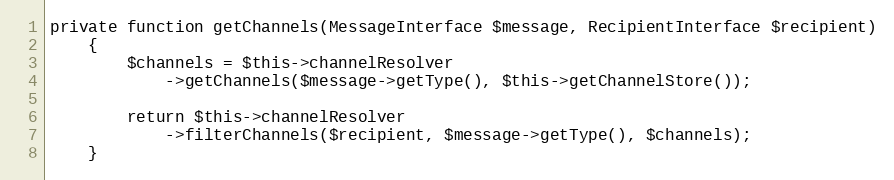
Language: PHP
private function getChannels(MessageInterface $message, RecipientInterface $recipient)
    {
        $channels = $this->channelResolver
            ->getChannels($message->getType(), $this->getChannelStore());

        return $this->channelResolver
            ->filterChannels($recipient, $message->getType(), $channels);
    }